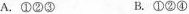
A.①②③ B.①②④